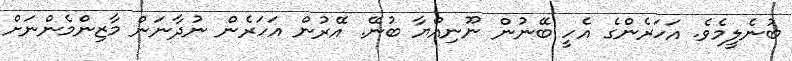
ބުނެލީމެވެ. އަހަރެންގެ އެހީ ބޭނުން ނޫނިއްޔާ ބުނޭ. އޭރުން އަހަރެން ނުދާނަން މާޒިންމެންނަށް